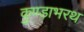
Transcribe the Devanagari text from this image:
कुण्डाभरथ